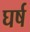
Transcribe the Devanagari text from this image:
घर्ष